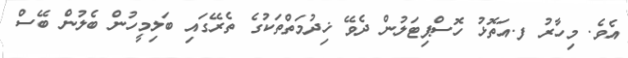
އެވެ. މިހާރު ފ.އަތޮޅު ހޮސްޕިޓަލުން ދެވޭ ޚިދުމަތްތަކުގެ ތެރޭގައި ބަލިމީހުން ބެލުން ބޭސް